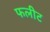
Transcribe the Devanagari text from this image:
फलीट